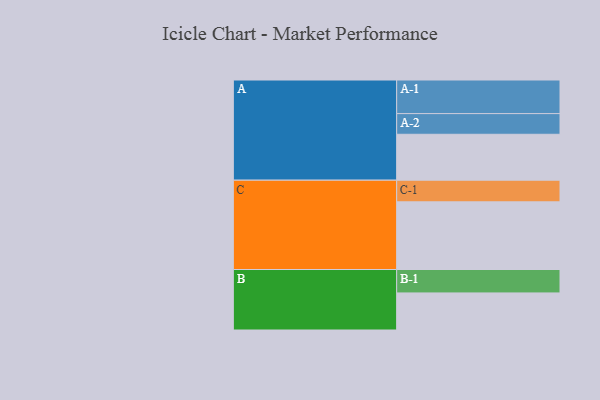
{"axis": {"x": "Segment", "y": "Value"}, "legend": ["", "A", "B", "C"], "data": [{"x": "A", "y": 384, "type": ""}, {"x": "B", "y": 310, "type": ""}, {"x": "C", "y": 566, "type": ""}, {"x": "A-1", "y": 281, "type": "A"}, {"x": "A-2", "y": 173, "type": "A"}, {"x": "B-1", "y": 196, "type": "B"}, {"x": "C-1", "y": 181, "type": "C"}]}